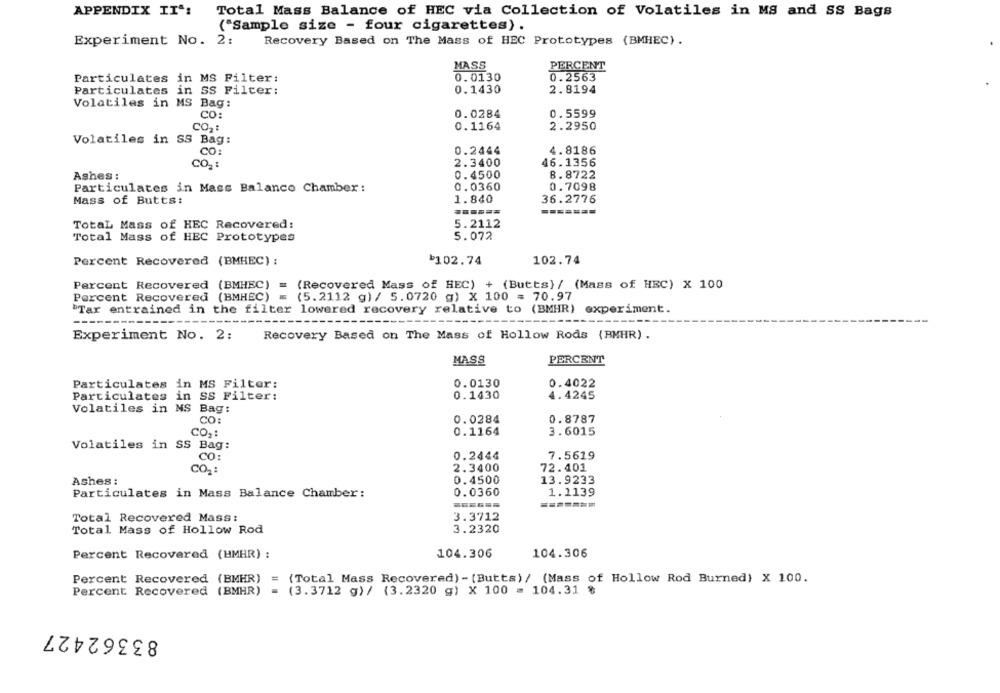
APPENDIX II":
Total Mass Balance of HEC via Collection of Volatiles in MS and SS Bags
("Sample size - four cigarettes).
Experiment No. 2:
Recovery Based on The Mass of HEC Prototypes (BMHEC).
MASS
PERCENT
Particulates in MS Filter:
0.0130
0.2563
0.1430
2.8194
Particulates in SS Filter:
Volatiles in MS Bag:
CO:
0.0284
0.5599
CO2:
0.1164
2.2950
Volatiles in SS Bag:
CO:
0.2444
4.8186
CO2 :
2.3400
46.1356
Ashes :
0. 4500
8.8722
0.0360
0.7098
Particulates in Mass Balanco Chamber :
Mass of Butts:
1.840
36.2776
Total Mass of HEC Recovered:
5.2112
5.072
Total Mass of HEC Prototypes
Percent Recovered (BMHEC) :
$102.74
102.74
Percent Recovered (BMHEC) = (Recovered Mass of HEC) + (Butts) / (Mass of HRC) X 100
Percent Recovered (BMHEC) = (5.2112 g) / 5.0720 g) X 100 = 70.97
"Tar entrained in the filter lowered recovery relative to (BMHR) experiment.
Experiment No. 2:
Recovery Based on The Mass of Hollow Rods (BMHR) .
MASS
PERCENT
Particulates in MS Filter:
0.0130
0.4022
0.1430
Particulates in SS Filter:
4.4245
Volatiles in MS Bag:
CO:
0.0284
0.8787
CO2:
0.1164
3.6015
Volatiles in SS Bag:
CO:
0.2444
7.5619
CO2:
2.3400
72.401
Ashes :
0.4500
13.9233
0.0360
1.1139
Particulates in Mass Balance Chamber:
Total Recovered Mass:
3.3712
Total Mass of Hollow Rod
3.2320
Percent Recovered (HMHR) :
104.306
104.306
Percent Recovered (BMHR)
= (Total Mass Recovered) - [Butts) / (Mass of Hollow Rod Burned) X 100.
Percent Recovered (BMHR)
= (3.3712 g)/ (3.2320 g) X 100 = 104.31 %
83362427